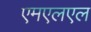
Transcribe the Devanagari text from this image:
एमएलएल